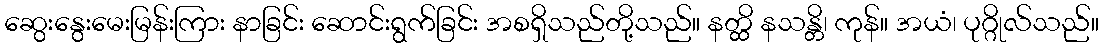
ဆွေးနွေးမေးမြန်းကြား နာခြင်း ဆောင်းရွက်ခြင်း အစရှိသည်တို့သည်။ နတ္ထိ နသန္တိ၊ ကုန်။ အယံ၊ ပုဂ္ဂိုလ်သည်။